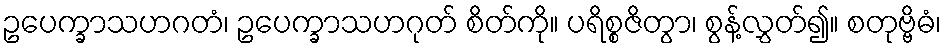
ဥပေက္ခာသဟဂတံ၊ ဥပေက္ခာသဟဂုတ် စိတ်ကို။ ပရိစ္စဇိတွာ၊ စွန့်လွှတ်၍။ စတုဗ္ဗိဓံ၊